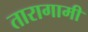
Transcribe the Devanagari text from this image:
तारागामी